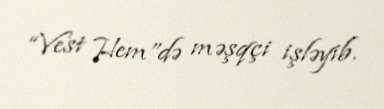
“Vest Hem”də məşqçi işləyib.